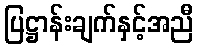
ပြဋ္ဌာန်းချက်နှင့်အညီ